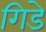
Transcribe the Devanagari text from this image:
गिडे